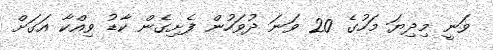
ވަނީ މިދިޔަ މަހުގެ 20 ވަނަ ދުވަހުން ފެށިގެން ކާޑު ވިއްކާ އަގަށް